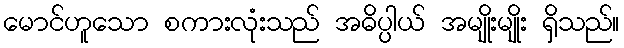
မောင်ဟူသော စကားလုံးသည် အဓိပ္ပါယ် အမျိုးမျိုး ရှိသည်။